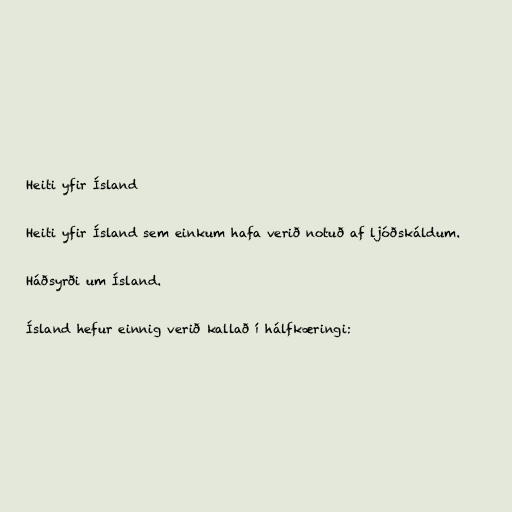
Heiti yfir Ísland

Heiti yfir Ísland sem einkum hafa verið notuð af ljóðskáldum.

Háðsyrði um Ísland.

Ísland hefur einnig verið kallað í hálfkæringi: